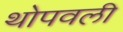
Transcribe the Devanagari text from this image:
थोपवली